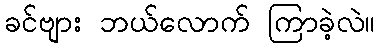
ခင်ဗျား ဘယ်လောက် ကြာခဲ့လဲ။